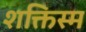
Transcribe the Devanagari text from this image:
शक्तिस्म